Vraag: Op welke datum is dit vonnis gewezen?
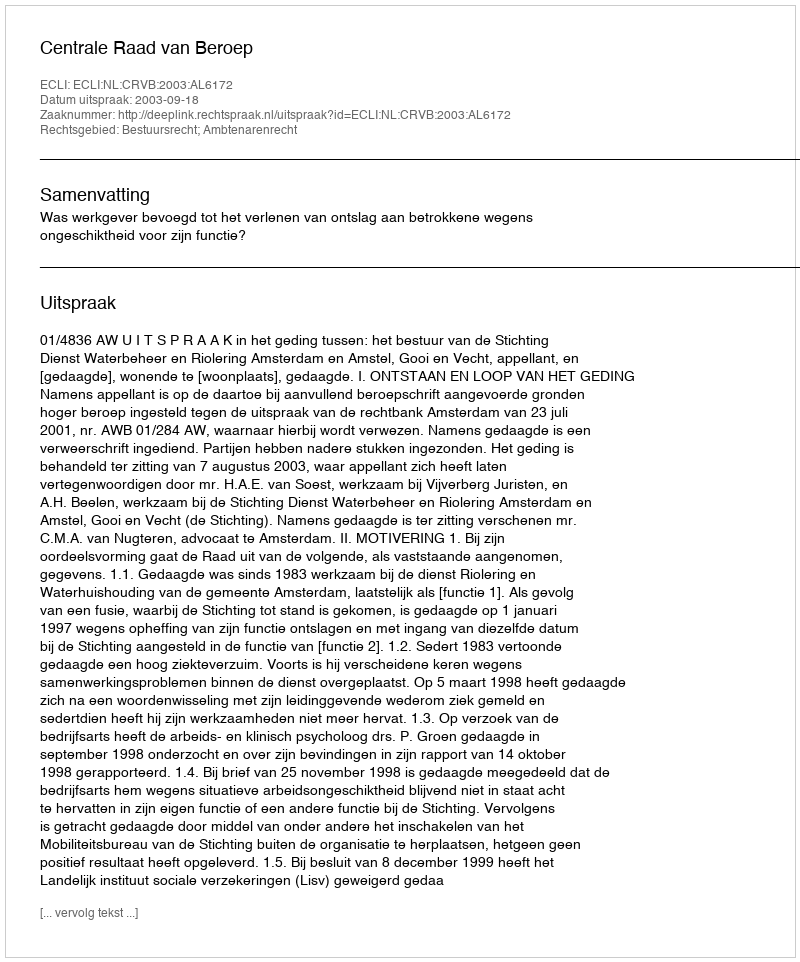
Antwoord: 2003-09-18